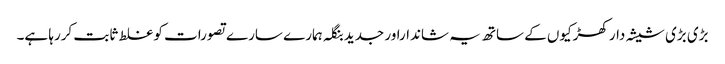
بڑی بڑی شیشہ دار کھڑکیوں کے ساتھ یہ شانداراور جدید بنگلہ ہمارے سارے تصورات کو غلط ثابت کررہا ہے۔